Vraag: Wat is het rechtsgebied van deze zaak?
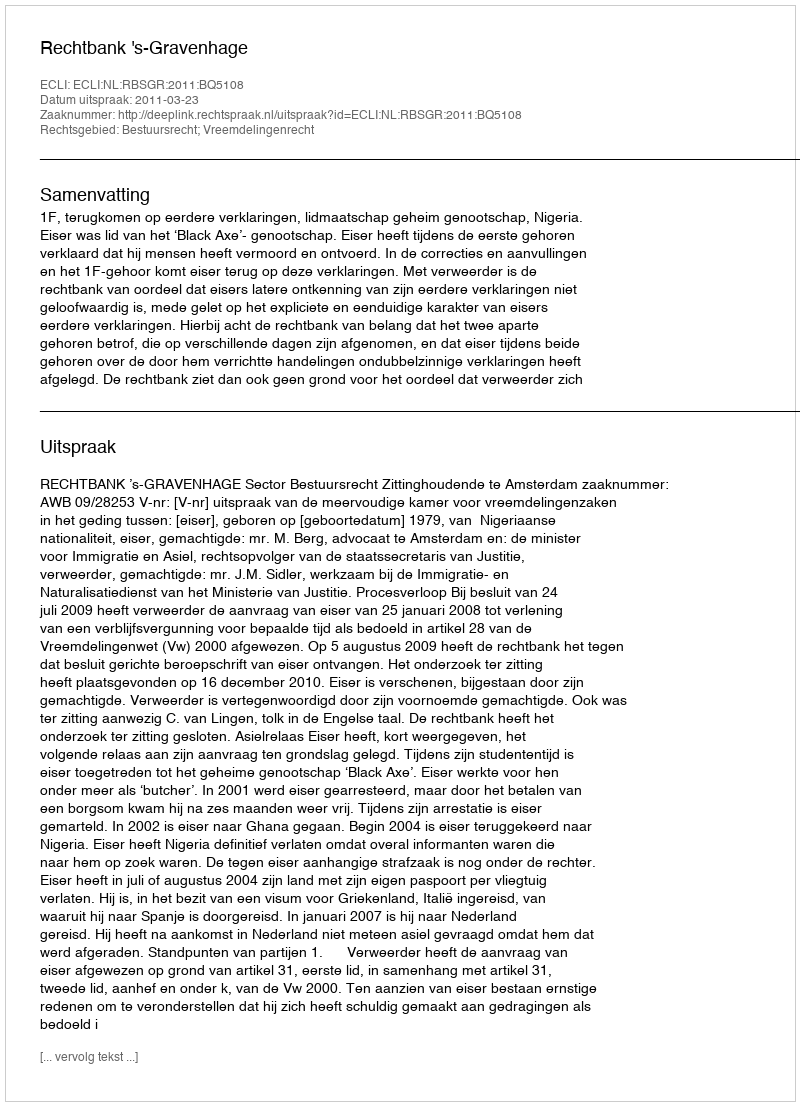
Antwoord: Bestuursrecht; Vreemdelingenrecht